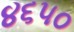
૪૬૫૦